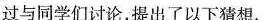
过与同学们讨论，提出了以下猜想。